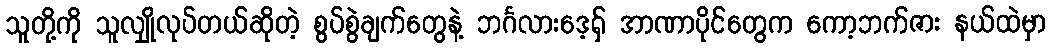
သူတို့ကို သူလျှိုလုပ်တယ်ဆိုတဲ့ စွပ်စွဲချက်တွေနဲ့ ဘင်္ဂလားဒေ့ရှ် အာဏာပိုင်တွေက ကော့ဘက်ဇား နယ်ထဲမှာ